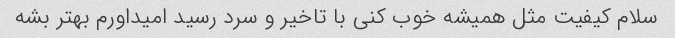
سلام کیفیت مثل همیشه خوب کنی با تاخیر و سرد رسید امیداورم بهتر بشه